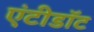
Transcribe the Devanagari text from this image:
एंटीडाॅट